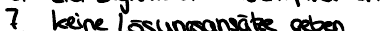
7 keine Lösungsansätze geben